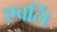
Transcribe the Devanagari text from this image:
एवर्लि